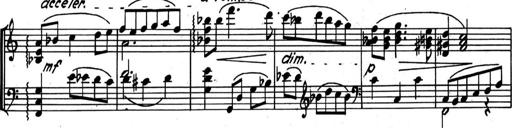
Title: Kleine Sonate
Composer: Raoul Koczalski
Key: C major